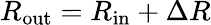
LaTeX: R_{\mathrm{out}}=R_{\mathrm{in}}+\Delta R